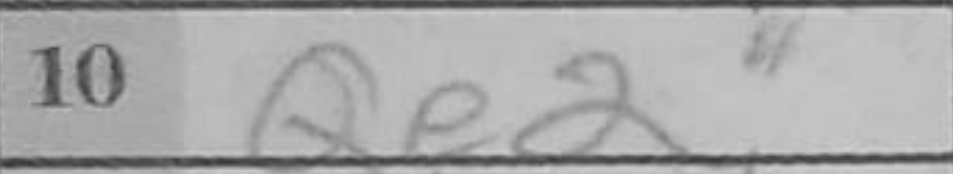
Transcription: Qe2